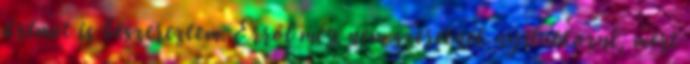
krémet is beszereztem. Erről még nem szeretnék nyilatkozni, mert